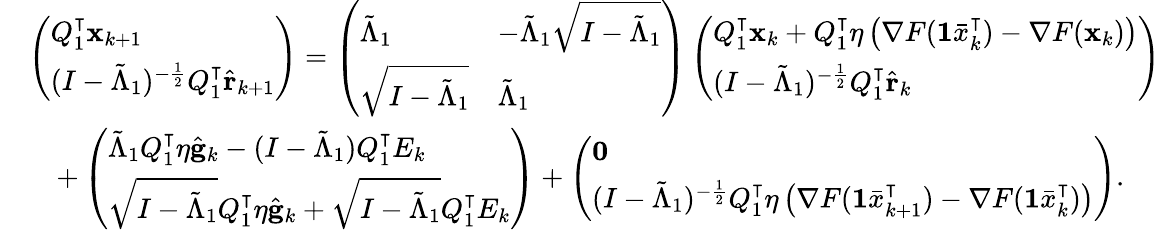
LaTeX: \begin{array}{rl}&{\left(\begin{array}{l}{Q_{1}^{\intercal}\mathbf{x}_{k+1}}\\ {(I-\tilde{\Lambda}_{1})^{-\frac{1}{2}}Q_{1}^{\intercal}\hat{\mathbf{r}}_{k+1}}\end{array}\right)=\left(\begin{array}{ll}{\tilde{\Lambda}_{1}}&{-\tilde{\Lambda}_{1}\sqrt{I-\tilde{\Lambda}_{1}}}\\ {\sqrt{I-\tilde{\Lambda}_{1}}}&{\tilde{\Lambda}_{1}}\end{array}\right)\left(\begin{array}{l}{Q_{1}^{\intercal}\mathbf{x}_{k}+Q_{1}^{\intercal}\eta\left(\nabla F(\mathbf{1}\bar{x}_{k}^{\intercal})-\nabla F(\mathbf{x}_{k})\right)}\\ {(I-\tilde{\Lambda}_{1})^{-\frac{1}{2}}Q_{1}^{\intercal}\hat{\mathbf{r}}_{k}}\end{array}\right)}\\ &{\quad+\left(\begin{array}{l}{\tilde{\Lambda}_{1}Q_{1}^{\intercal}\eta\hat{\mathbf{g}}_{k}-(I-\tilde{\Lambda}_{1})Q_{1}^{\intercal}E_{k}}\\ {\sqrt{I-\tilde{\Lambda}_{1}}Q_{1}^{\intercal}\eta\hat{\mathbf{g}}_{k}+\sqrt{I-\tilde{\Lambda}_{1}}Q_{1}^{\intercal}E_{k}}\end{array}\right)+\left(\begin{array}{l}{\mathbf{0}}\\ {(I-\tilde{\Lambda}_{1})^{-\frac{1}{2}}Q_{1}^{\intercal}\eta\left(\nabla F(\mathbf{1}\bar{x}_{k+1}^{\intercal})-\nabla F(\mathbf{1}\bar{x}_{k}^{\intercal})\right)}\end{array}\right).}\end{array}